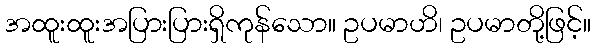
အထူးထူးအပြားပြားရှိကုန်သော။ ဥပမာဟိ၊ ဥပမာတို့ဖြင့်။